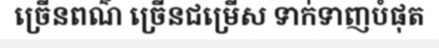
ច្រើនពណ៌ ច្រើនជម្រើស ទាក់ទាញបំផុត